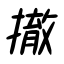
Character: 撤